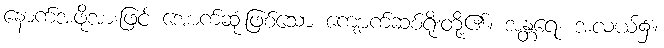
နောက်အဖို့အားဖြင့် အောက်ဆုံးဖြစ်သော ကျောက်ဆစ်ရိုးတို့၏။ အန္တရေ၊ အလယ်၌။